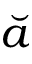
\breve { a }